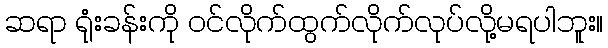
ဆရာ ရုံးခန်းကို ဝင်လိုက်ထွက်လိုက်လုပ်လို့မရပါဘူး။